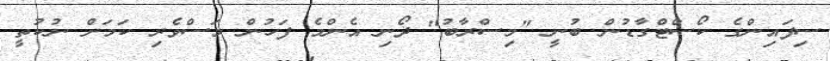
ސިފައިންގެ ކޯސްޓްގާޑުން ބުނީ "މިސްރާބު" ދޯނި އެންމެ ފަހުން މަސްވެރި ކަމަށް ނުކުތީ